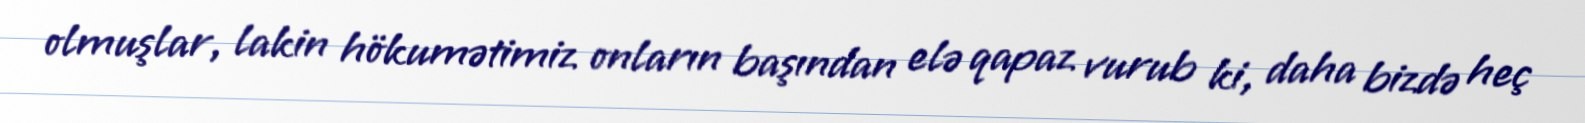
olmuşlar, lakin hökumətimiz onların başından elə qapaz vurub ki, daha bizdə heç